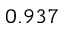
0 . 9 3 7